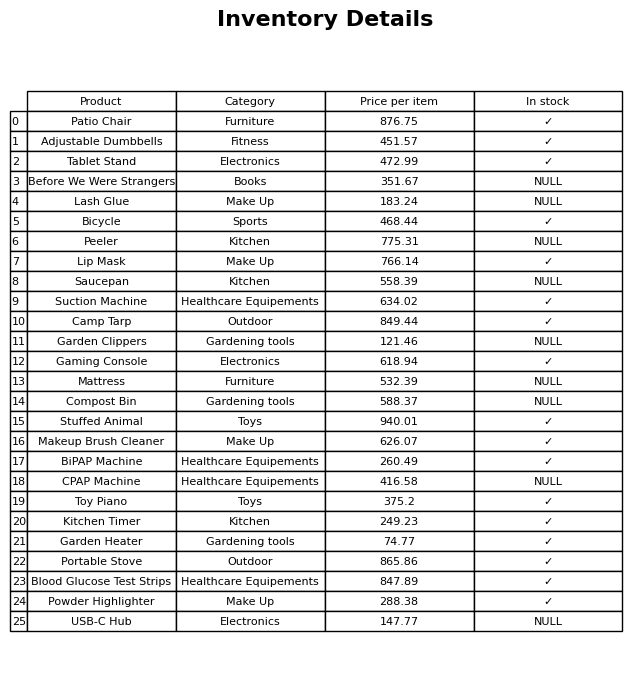
question: What category does the Tablet Stand belong to?
answer: Electronics